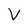
Character: V